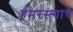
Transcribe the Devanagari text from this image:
हमरस्त्याचे